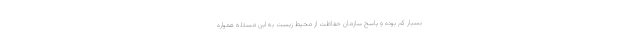
بسیار کم بوده و پاسخ سازمان حفاظت از محیط زیست به این مسئله همواره